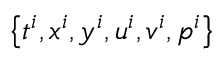
\left\{ t ^ { i } , x ^ { i } , y ^ { i } , u ^ { i } , v ^ { i } , p ^ { i } \right\}